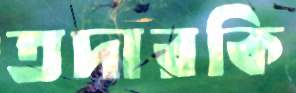
তদারকি